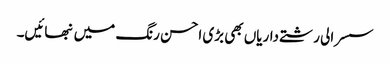
سسرالی رشتے داریاں بھی بڑی احسن رنگ میں نبھائیں۔